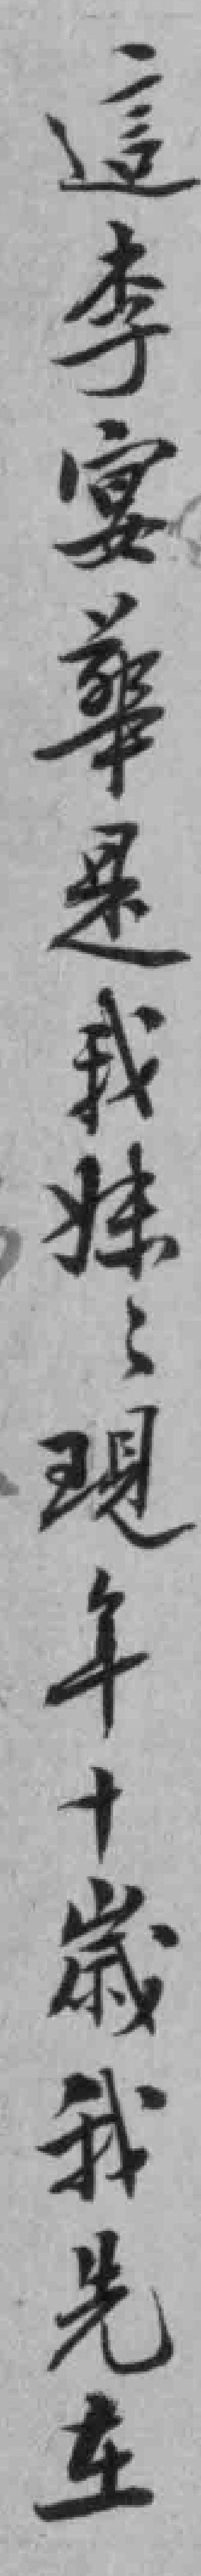
這李宴華是我妹妹現年十歲我先在